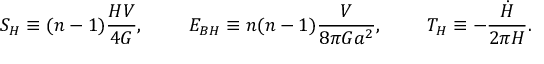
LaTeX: S _ { H } \equiv ( n - 1 ) { \frac { H V } { 4 G } } , \ \ \ \ \ \ \ E _ { B H } \equiv n ( n - 1 ) { \frac { V } { 8 \pi G a ^ { 2 } } } , \ \ \ \ \ \ \ T _ { H } \equiv - { \frac { \dot { H } } { 2 \pi H } } .